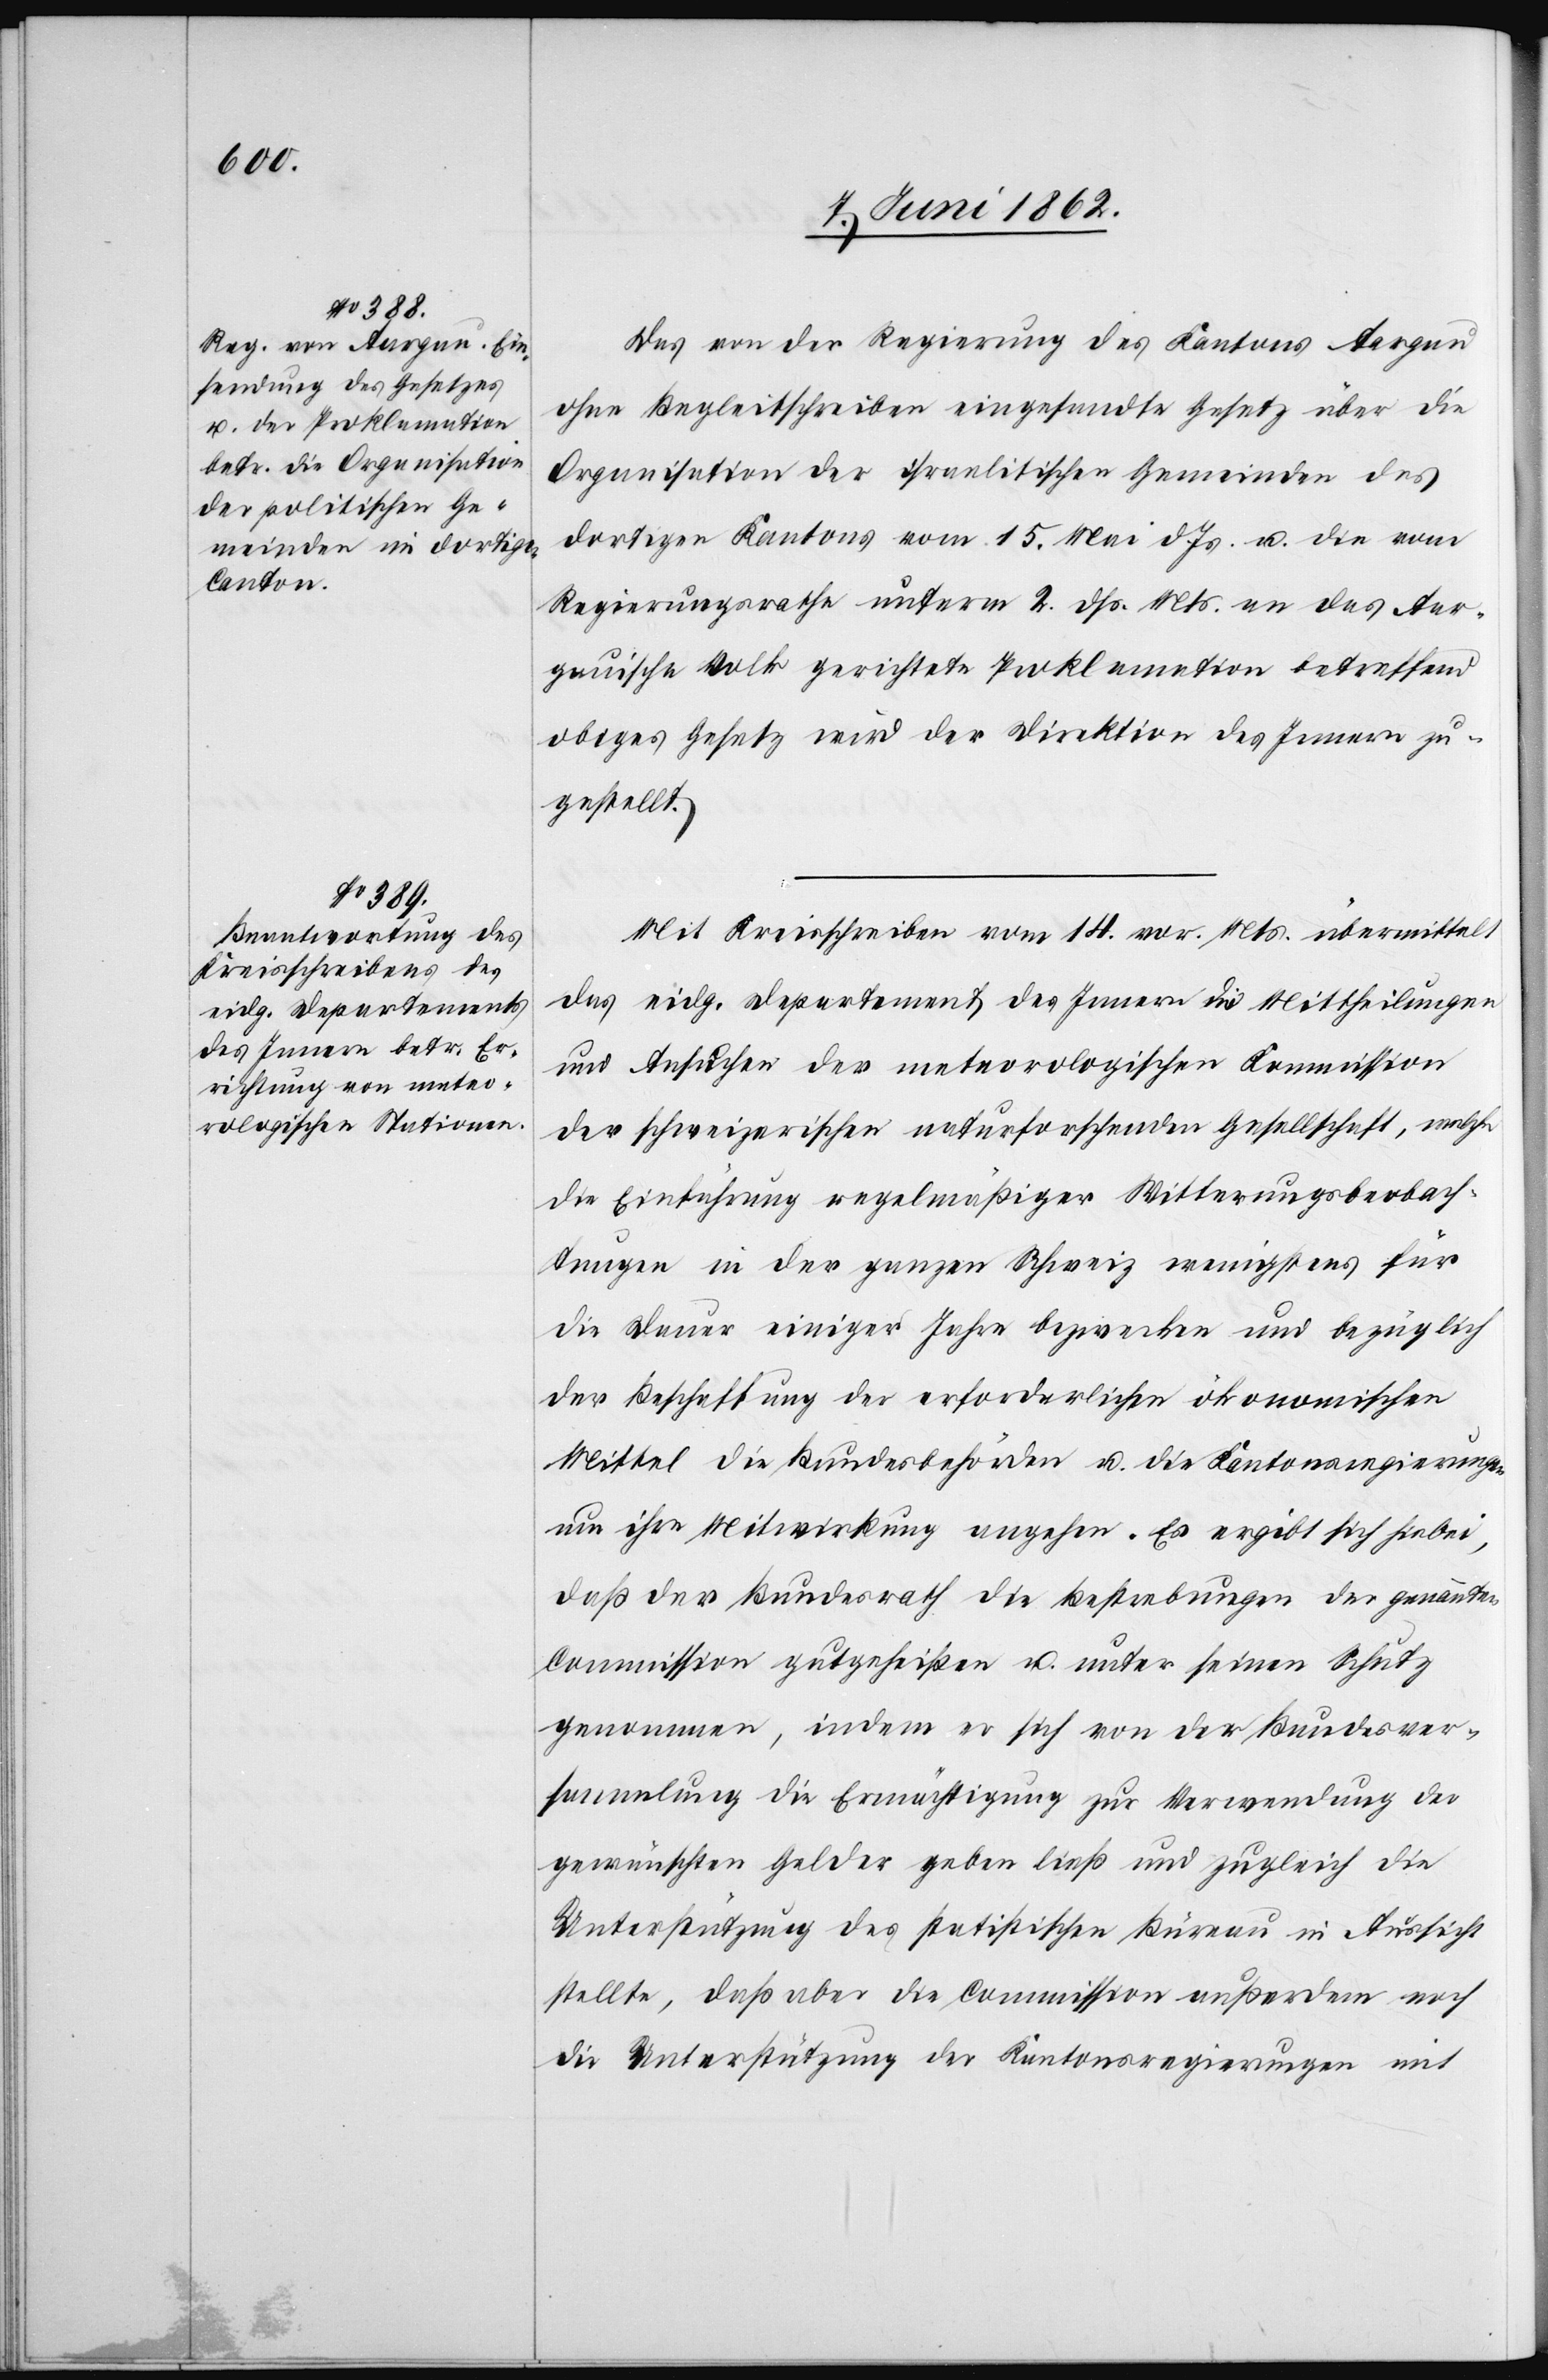
Das von der Regierung des Kantons Aargau
ohne Begleitschreiben eingesandte Gesetz über die
Organisation der israelitischen Gemeinden des
dortigen Kantons vom 15. Mai d. Js. u. die vom
Regierungsrathe unterm 2. dß. Mts. an das Aar¬
gauische Volk gerichtete Proklamation betreffend
obiges Gesetz wird der Direktion des Innern zu¬
gestellt.
Mit Kreisschreiben vom 14. vor. Mts. übermittelt
das eidg. Departement des Innern die Mittheilungen
und Ansuchen der meteorologischen Kommission
der schweizerischen naturforschenden Gesellschaft, welche
die Einführung regelmäßiger Witterungsbeobach¬
tungen in der ganzen Schweiz wenigstens für
die Dauer einiger Jahre bezwecken und bezüglich
der Beschaffung der erforderlichen ökonomischen
Mittel die Bundesbehörden u. die Kantonsregierungen
um ihre Mitwirkung angehen. Es ergibt sich hiebei,
daß der Bundesrath die Bestrebungen der genannten
Commission gutgeheißen u. unter seinen Schutz
genommen, indem er sich von der Bundesver¬
sammlung die Ermächtigung zur Verwendung der
gewünschten Gelder geben ließ und zugleich die
Unterstützung des statistischen Büreau in Aussicht
stellte, daß aber die Commission außerdem noch
die Unterstützung der Kantonsregierungen mit